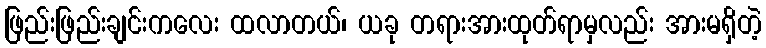
ဖြည်းဖြည်းချင်းကလေး ထလာတယ်၊ ယခု တရားအားထုတ်ရာမှလည်း အားမရှိတဲ့